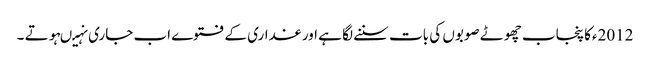
2012ءکا پنجاب چھوٹے صوبوں کی بات سننے لگا ہے اور غداری کے فتوے اب جاری نہیںہوتے ۔